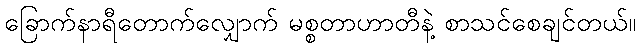
ခြောက်နာရီတောက်လျှောက် မစ္စတာဟာတီနဲ့ စာသင်စေချင်တယ်။